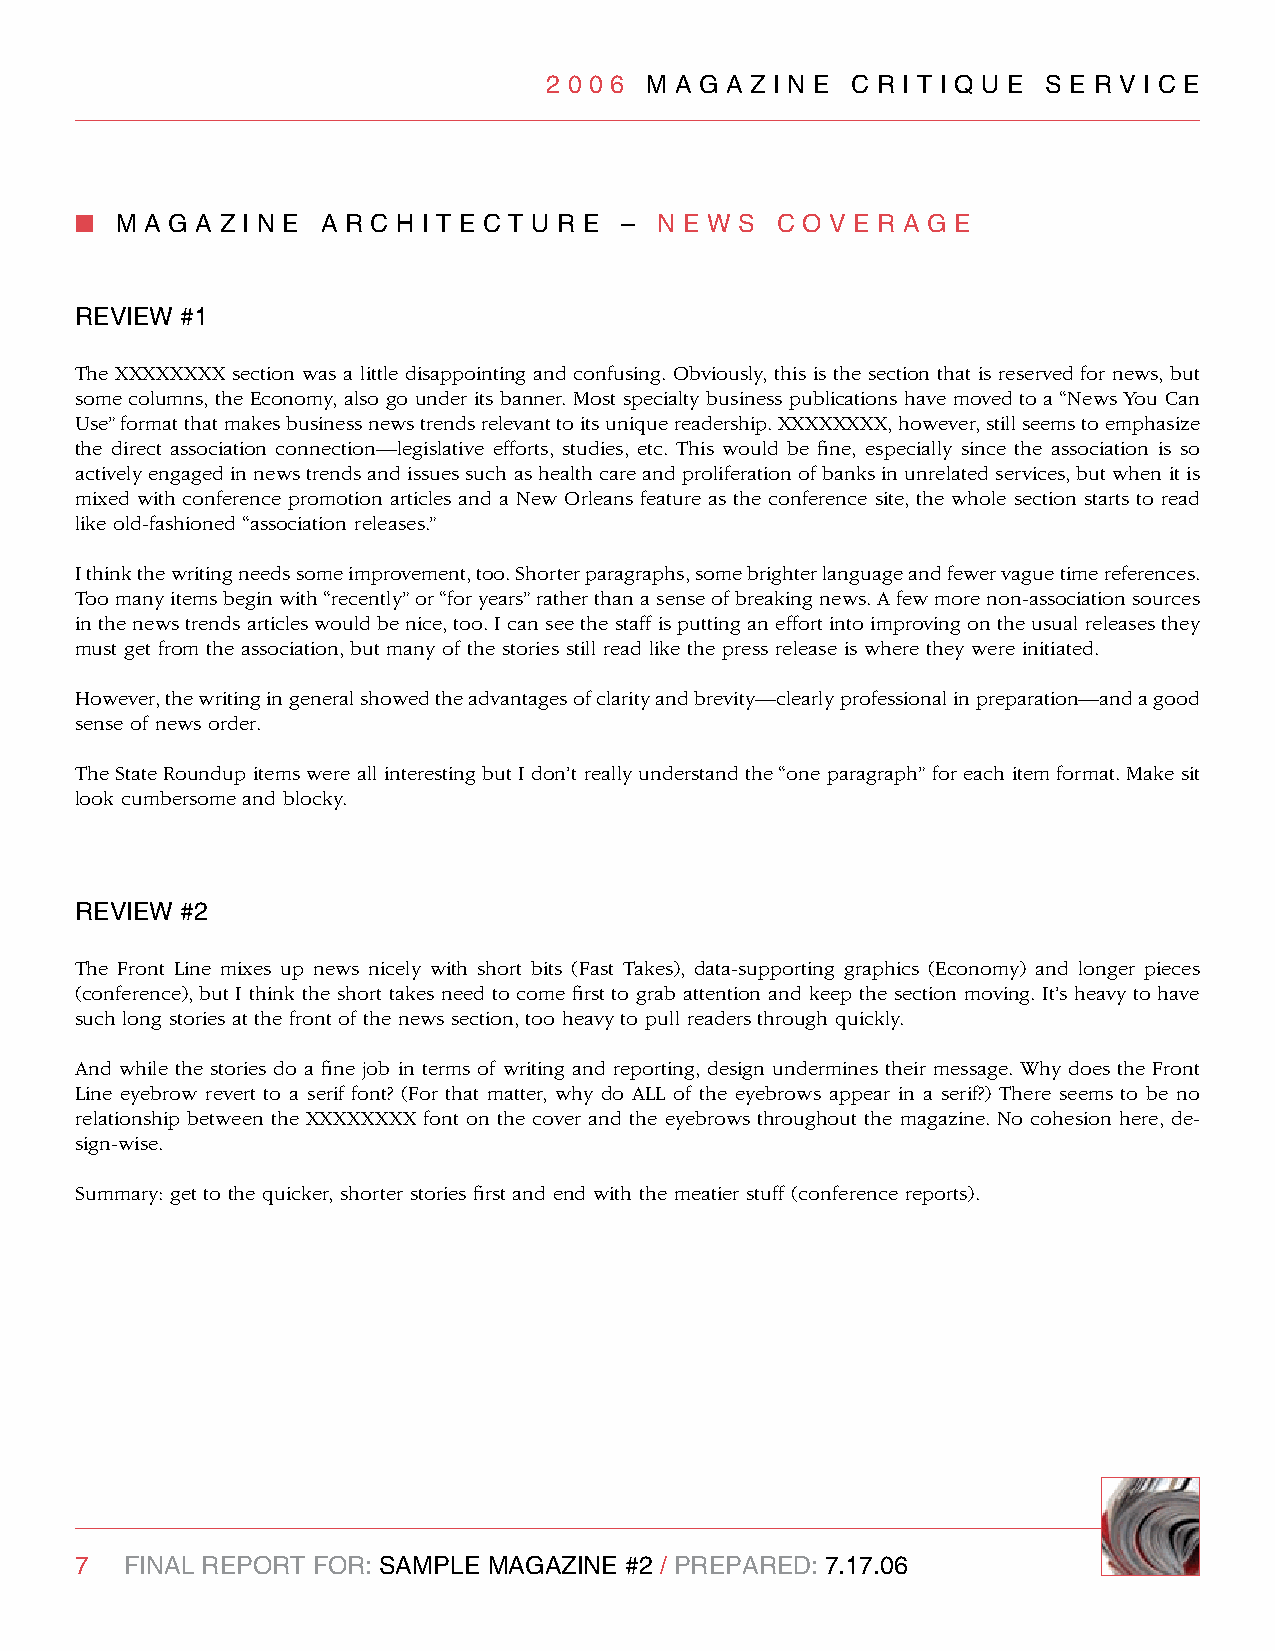
2 0 0 6 M A g A z I n e C R I T I q U e S e R v I C e
 n  M A g A z I n e A R C H I T e C T U R e – n e w S C O v e R A g e
 RevIew #1
 The XXXXXXXX section was a little disappointing and confusing. Obviously, this is the section that is reserved for news, but
 some columns, the Economy, also go under its banner. Most specialty business publications have moved to a “News You Can
 Use” format that makes business news trends relevant to its unique readership. XXXXXXXX, however, still seems to emphasize
 the direct association connection—legislative efforts, studies, etc. This would be fine, especially since the association is so
 actively engaged in news trends and issues such as health care and proliferation of banks in unrelated services, but when it is
 mixed with conference promotion articles and a New Orleans feature as the conference site, the whole section starts to read
 like old-fashioned “association releases.”
 I think the writing needs some improvement, too. Shorter paragraphs, some brighter language and fewer vague time references.
 Too many items begin with “recently” or “for years” rather than a sense of breaking news. A few more non-association sources
 in the news trends articles would be nice, too. I can see the staff is putting an effort into improving on the usual releases they
 must get from the association, but many of the stories still read like the press release is where they were initiated.
 However, the writing in general showed the advantages of clarity and brevity—clearly professional in preparation—and a good
 sense of news order.
 The State Roundup items were all interesting but I don’t really understand the “one paragraph” for each item format. Make sit
 look cumbersome and blocky.
 RevIew #2
 The Front Line mixes up news nicely with short bits (Fast Takes), data-supporting graphics (Economy) and longer pieces
 (conference), but I think the short takes need to come first to grab attention and keep the section moving. It’s heavy to have
 such long stories at the front of the news section, too heavy to pull readers through quickly.
 And while the stories do a fine job in terms of writing and reporting, design undermines their message. Why does the Front
 Line eyebrow revert to a serif font? (For that matter, why do ALL of the eyebrows appear in a serif?) There seems to be no
 relationship between the XXXXXXXX font on the cover and the eyebrows throughout the magazine. No cohesion here, de-
 sign-wise.
 Summary: get to the quicker, shorter stories first and end with the meatier stuff (conference reports).
 7  FInAl RePORT FOR: SAMPle MAgAzIne #2 / PRePARed: 7.17.06